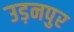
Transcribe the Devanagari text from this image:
उड़नपुर